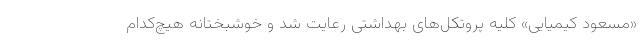
«مسعود کیمیایی» کلیه پروتکل‌های بهداشتی رعایت شد و خوشبختانه هیچ‌کدام